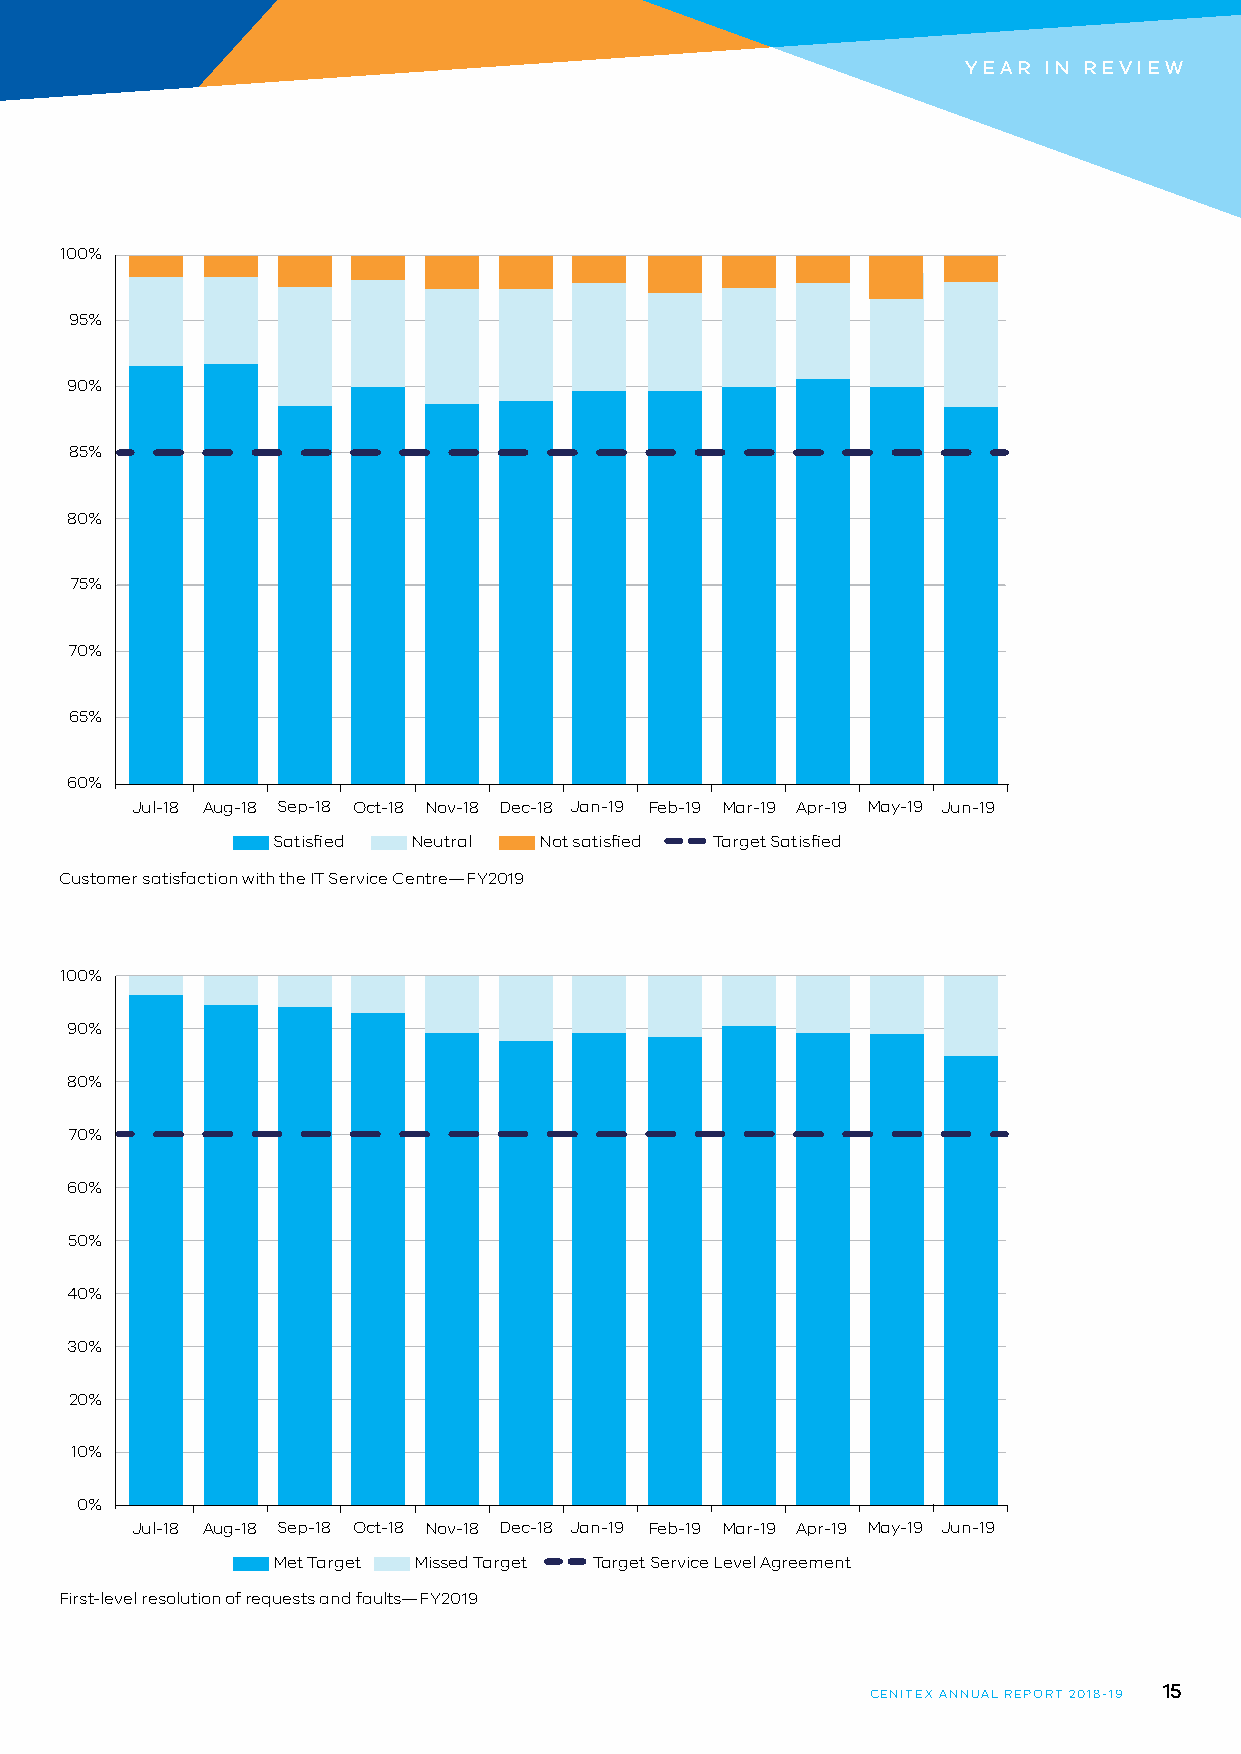
YEAR IN REVIEW
 100%
 95%
 90%
 85%
 80%
 75%
 70%
 65%
 60%
 Jul-18 Aug-18 Sep-18 Oct-18 Nov-18 Dec-18 Jan-19 Feb-19 Mar-19 Apr-19 May-19 Jun-19
 Satisfied Neutral Not satisfied Target Satisfied
 Customer satisfaction with the IT Service Centre—FY2019
 100%
 90%
 80%
 70%
 60%
 50%
 40%
 30%
 20%
 10%
 0%
 Jul-18 Aug-18 Sep-18 Oct-18 Nov-18 Dec-18 Jan-19 Feb-19 Mar-19 Apr-19 May-19 Jun-19
 Met Target Missed Target Target Service Level Agreement
 First-level resolution of requests and faults—FY2019
 15
 CENITEX ANNUAL REPORT 2018-19